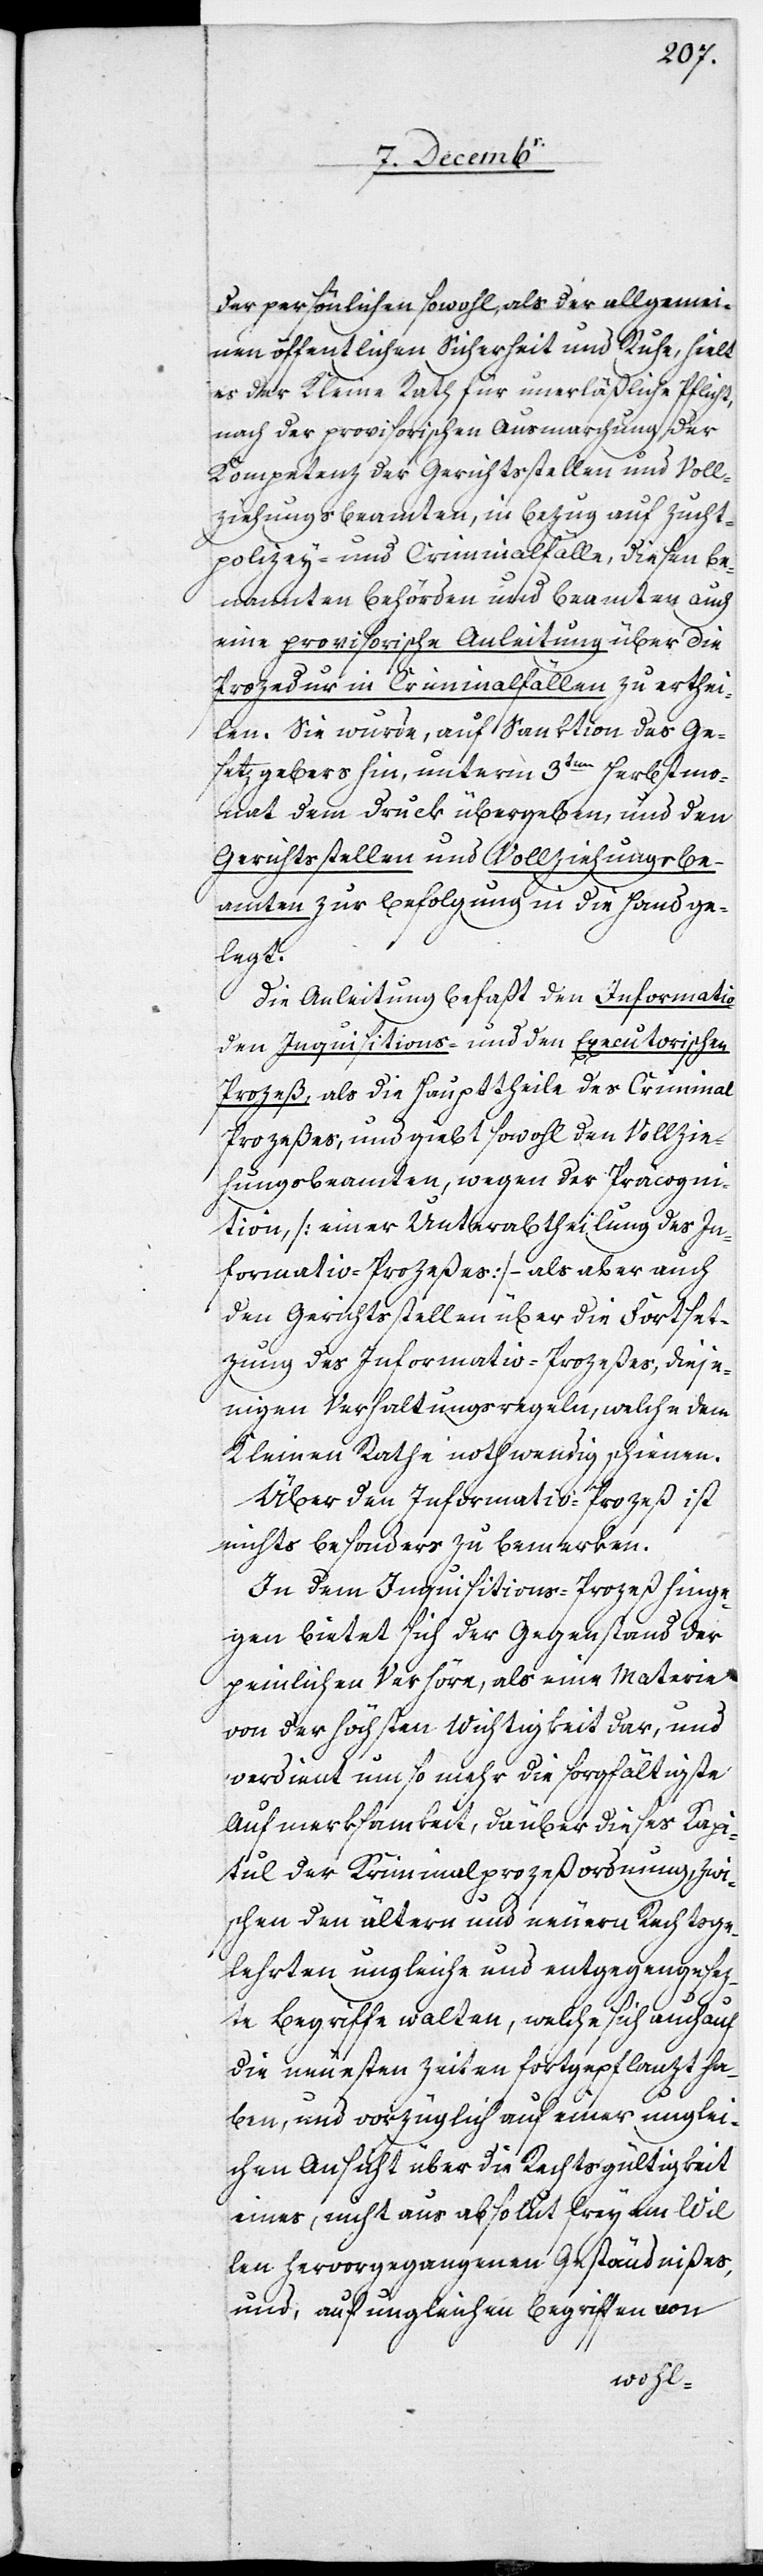
der persönlichen sowohl, als der allgemei¬
nen öffentlichen Sicherheit und Ruhe, hielt
es der Kleine Rath für unerläßliche Pflicht,
nach der provisorischen Ausmarchung der
Kompetenz der Gerichtsstellen und Voll¬
ziehungsbeamten, in Bezug auf Zucht¬
polizey- und Criminalfälle, diesen be¬
nannten Behörden und Beamten auch
eine provisorische Anleitung über die
Prozedur in Criminalfällen zu erthei¬
len. Sie wurde, auf Sanktion des Ge¬
setzgebers hin, unterm 3ten Herbstmo¬
nat dem Druck übergeben, und den
Gerichtsstellen und Vollziehungsbe¬
amten zur Befolgung in die Hand ge¬
legt.
Die Anleitung befaßt den Informativ[-]
den Inquisitions- und den Executorischen
Prozeß, als die Haupttheile des Criminal[-]P¬
rozeßes, und giebt sowohl den Vollzieh¬
ungsbeamten, wegen der Präcogni¬
tion, [einer Unterabtheilung des In¬
formativ-Prozeßes] – als aber auch
den Gerichtsstellen über die Fortset¬
zung des Informativ-Prozeßes, dieje¬
nigen Verhaltungsregeln, welche dem
Kleinen Rathe nothwendig schienen.
Über den Informativ-Prozeß ist
nichts Besonders zu bemerken.
In dem Inquisitions-Prozeß hinge¬
gen bietet sich der Gegenstand der
peinlichen Verhöre, als eine Materie
von der höchsten Wichtigkeit dar, und
verdient um so mehr die sorgfältigste
Aufmerksamkeit, da über dieses Kapi¬
tul der Kriminalprozeßordnung, zwi¬
schen den ältern und neuern Rechtsge¬
lehrten ungleiche und entgegengesez¬
te Begriffe walten, welche sich auch auf
die neuesten Zeiten fortgepflanzt ha¬
ben, und vorzüglich auf einer unglei¬
chen Ansicht über die Rechtsgültigkeit
eines, nicht aus absolut frey am Wil¬
len hervorgegangenen Geständnißes,
und, auf ungleichen Begriffen von